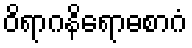
ဝိရာဂနိရောဓစာဂံ